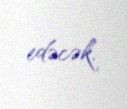
edəcək.